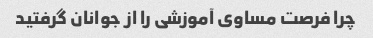
چرا فرصت مساوی آموزشی را از جوانان گرفتید